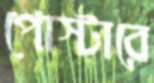
পোস্টারে